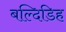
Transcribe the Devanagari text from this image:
बल्दिडिह